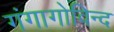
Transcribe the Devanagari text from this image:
गंगागोविन्द